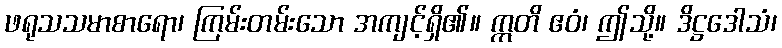
ဖရုသသမာစာရော၊ ကြမ်းတမ်းသော အကျင့်ရှိ၏။ ဣတိ ဧဝံ၊ ဤသို့။ ဒိဋ္ဌဒေါသံ၊